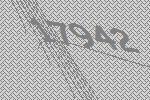
17942